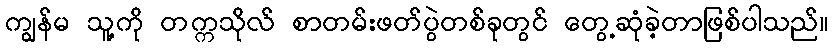
ကျွန်မ သူ့ကို တက္ကသိုလ် စာတမ်းဖတ်ပွဲတစ်ခုတွင် တွေ့ဆုံခဲ့တာဖြစ်ပါသည်။